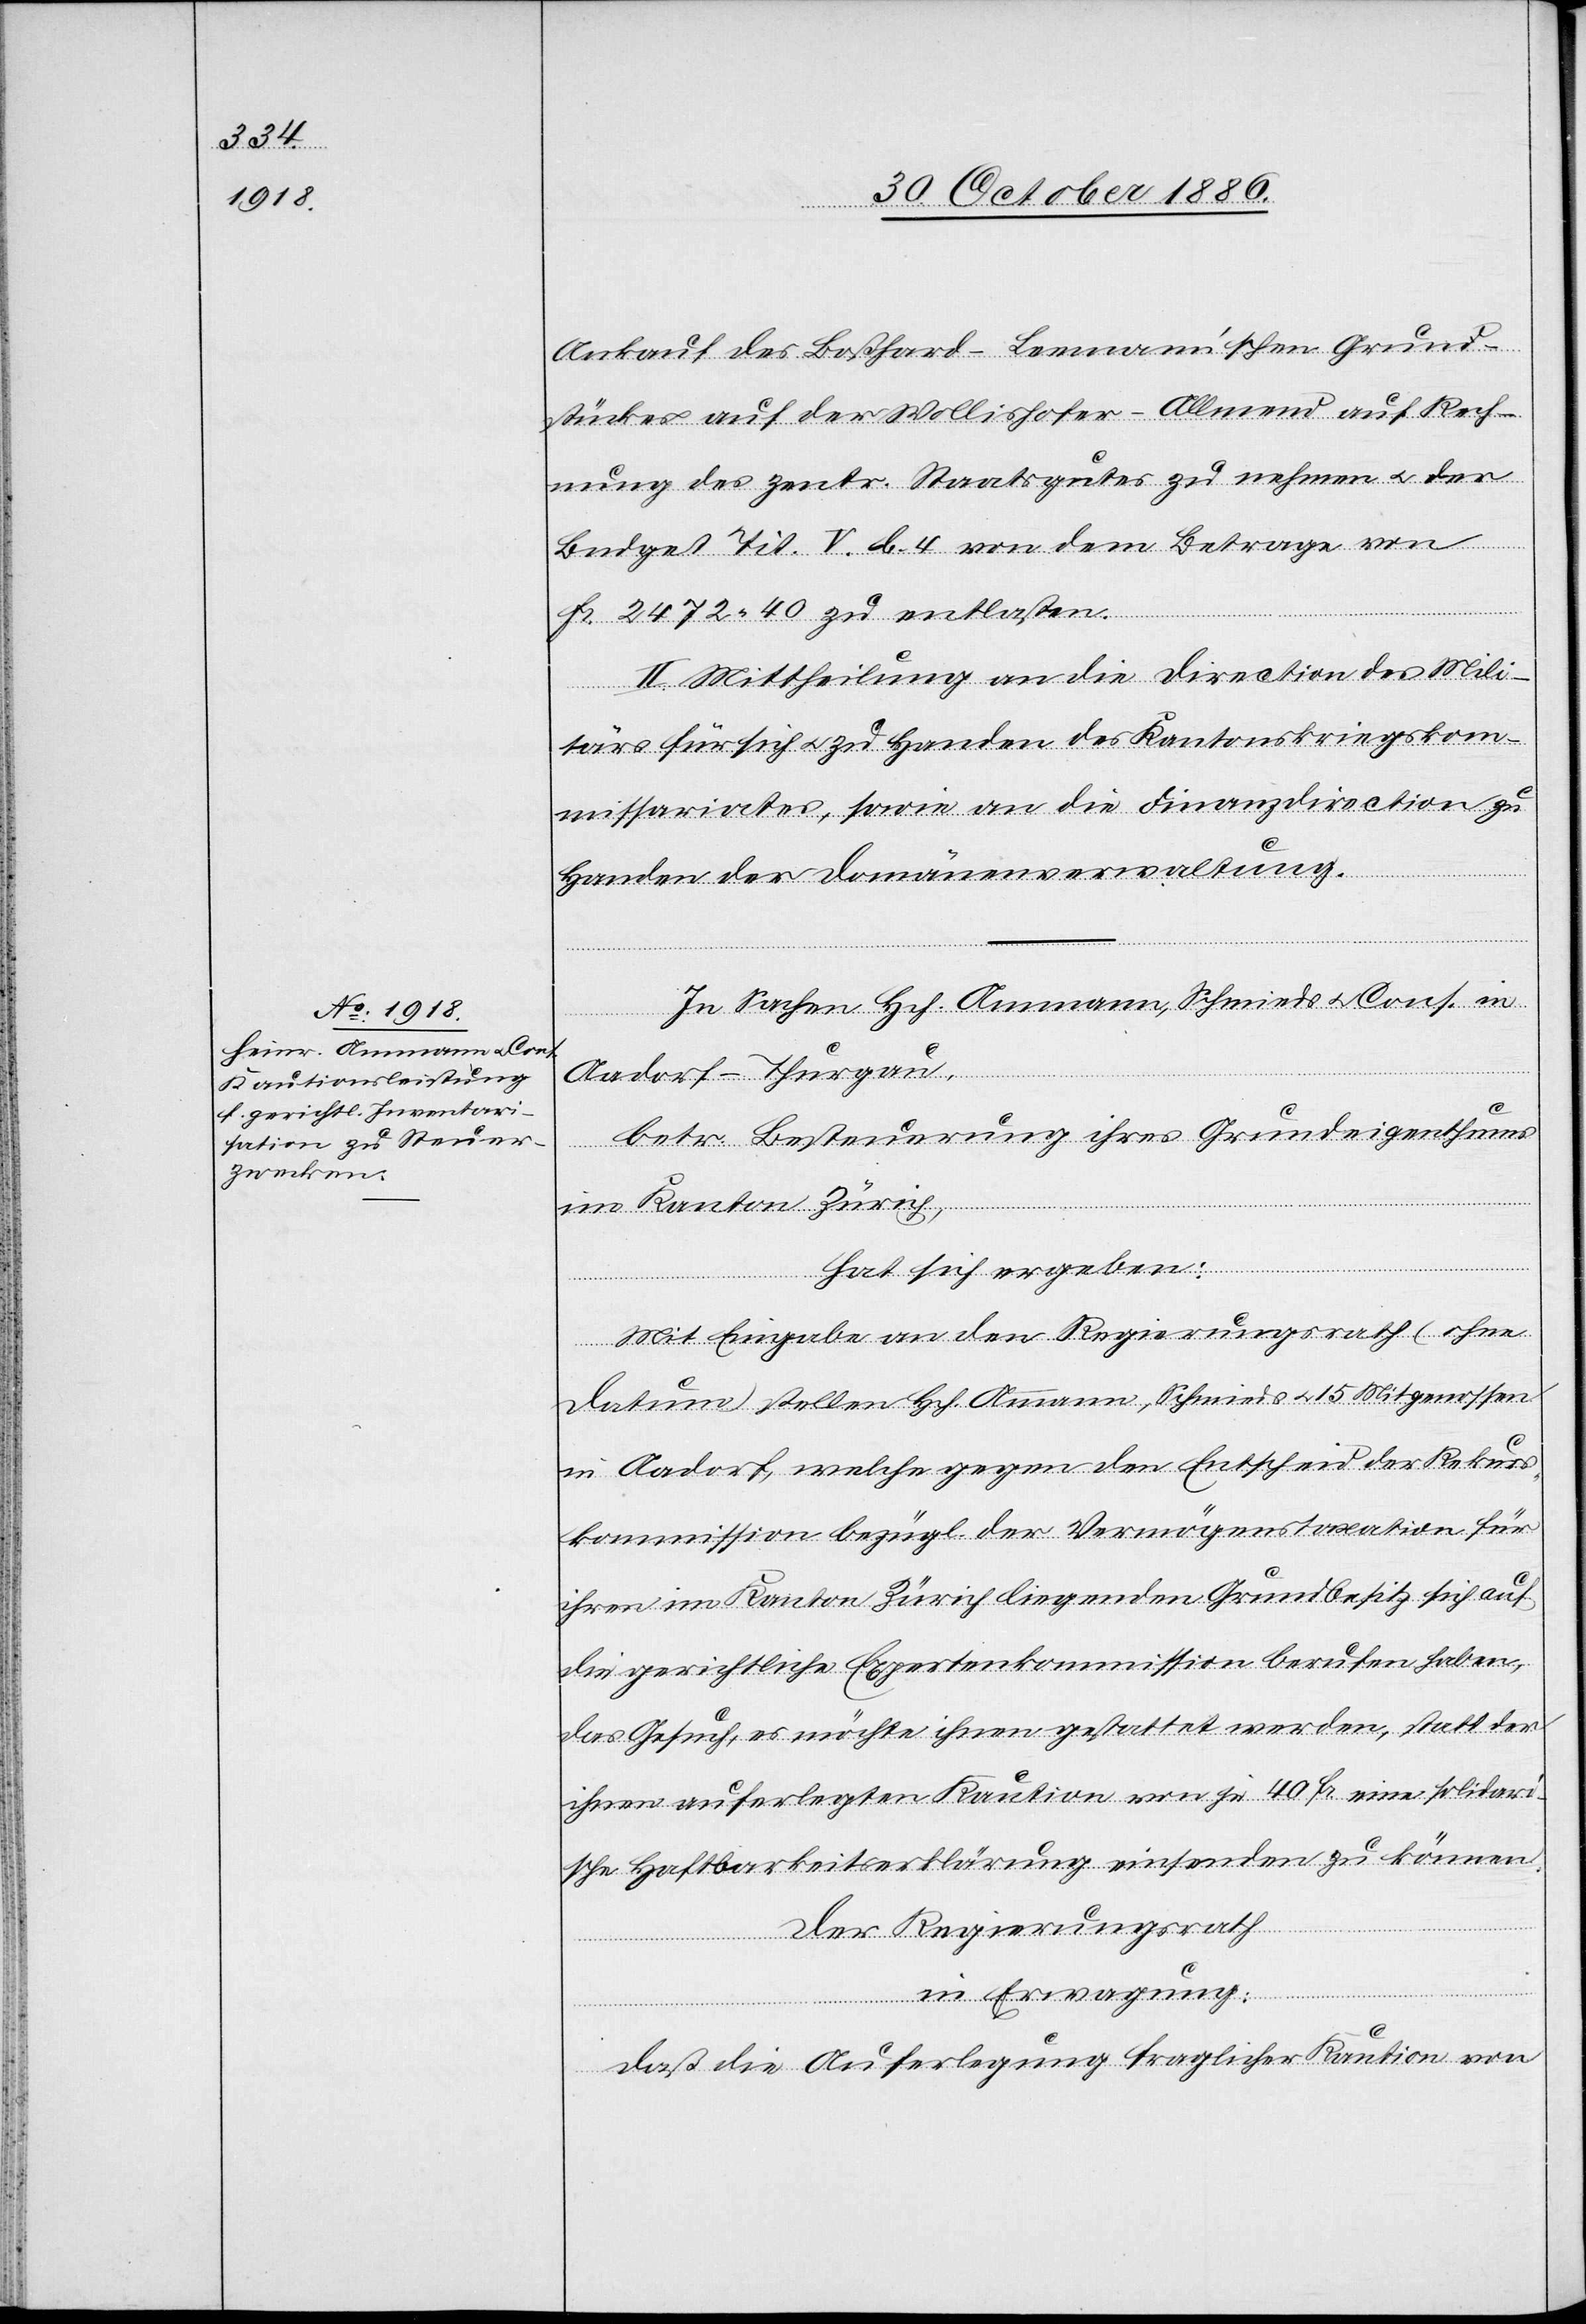
Ankauf des Boßhard-Leemann’schen Grund¬
stückes auf der Wollishofer-Allmend auf Rech¬
nung des zentr. Staatsgutes zu nehmen & der
Budgt Tit. V. b. 4 von dem Betrage von
Fr. 2472 40 zu entlasten.
II. Mittheilung an die Direction des Mili¬
tärs für sich & zu Handen des Kantonskriegskom¬
missariates, sowie an die Finanzdirection zu
Handen der Domänenverwaltung.
In Sachen Hch. Ammann, Schmieds & Cons. in
Aadorf - Thurgau,
betr. Besteuerung ihres Grundeigenthums
im Kanton Zürich,
hat sich ergeben:
Mit Eingabe an den Regierungsrath (ohne
Datum) stellen Hch. Ammann, Schmieds & 15 Mitgenossen
in Aadorf, welche gegen den Entscheid der Rekurs¬
kommission bezügl. der Vermögenstaxation für
ihren im Kanton Zürich liegenden Grundbesitz sich auf
die gerichtliche Expertenkommission berufen haben,
das Gesuch, es möchte ihnen gestattet werden, statt der
ihnen auferlegten Kaution von je 40 Fr. eine solidari¬
sche Haftbarkeitserklärung einsenden zu können.
Der Regierungsrath
in Erwagung
Daß die Auferlegung fraglicher Kaution von